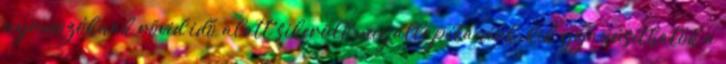
nyomozóknak rövid idő alatt sikerült megállapítaniuk, kik gyanúsíthatók a